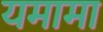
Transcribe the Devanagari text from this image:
यमामा